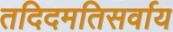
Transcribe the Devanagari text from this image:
तदिदमतिसर्वाय